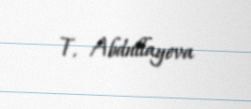
T. Abdullayeva